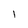
Character: l